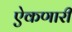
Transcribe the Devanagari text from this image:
ऐकणारी